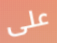
على